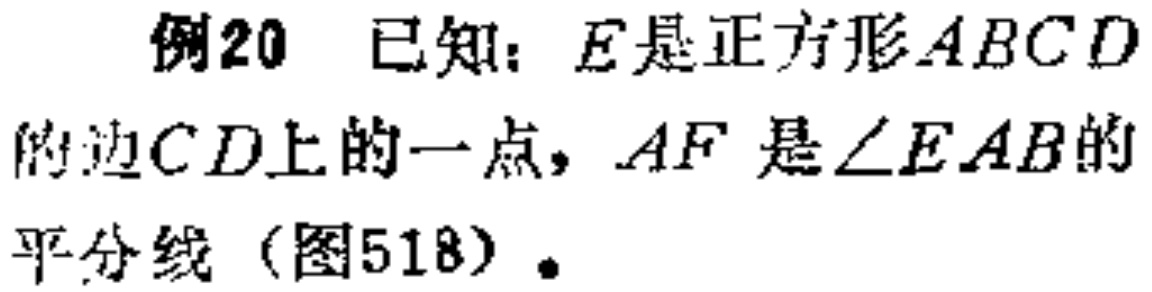
例20 已知：\(E\)是正方形\(ABCD\)的边\(CD\)上的一点，\(AF\)是\(\angle EAB\)的平分线（图518）.